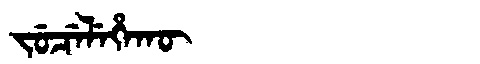
Manchu: ᠵᡠᠴᡝᠯᡝᡥᠠᡴᡡ
Romanization: JUCELEHAKŪ